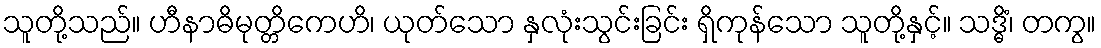
သူတို့သည်။ ဟီနာဓိမုတ္တိကေဟိ၊ ယုတ်သော နှလုံးသွင်းခြင်း ရှိကုန်သော သူတို့နှင့်။ သဒ္ဓိံ၊ တကွ။